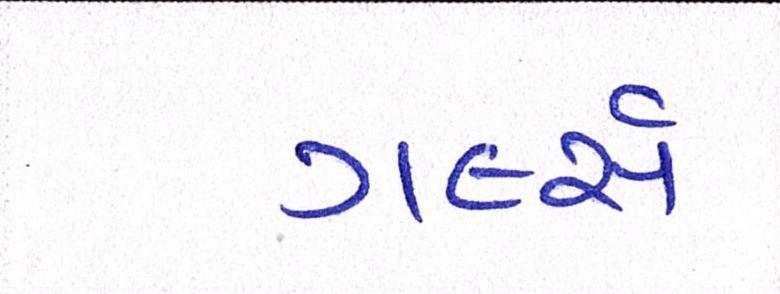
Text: ગર્લ્સ